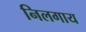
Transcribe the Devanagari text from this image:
निलगाय